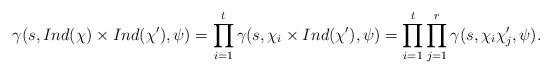
LaTeX: \begin{align*}\gamma(s,Ind(\chi)\times Ind(\chi'),\psi)=\prod_{i=1}^{t}\gamma(s,\chi_{i}\times Ind(\chi'),\psi)=\prod_{i=1}^{t}\prod_{j=1}^{r}\gamma(s,\chi_{i}\chi_{j}',\psi).\end{align*}